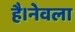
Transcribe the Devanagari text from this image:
है।नेवला